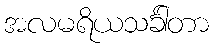
အလမရိယသင်္ခါတာ